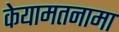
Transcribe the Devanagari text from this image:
केयामतनामा